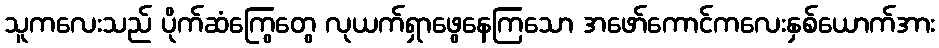
သူကလေးသည် ပိုက်ဆံကြွေတွေ လုယက်ရှာဖွေနေကြသော အဖော်ကောင်ကလေးနှစ်ယောက်အား